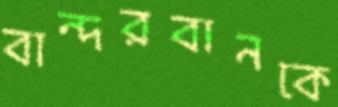
বান্দরবানকে